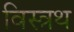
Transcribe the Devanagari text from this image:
विस्त्रथ